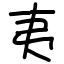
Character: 夷